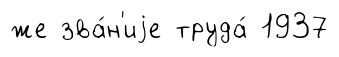
же зва́н'иjе труда́ 1937